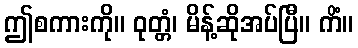
ဤစကားကို။ ဝုတ္တံ၊ မိန့်ဆိုအပ်ပြီ။ ကိံ။